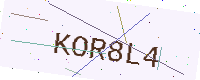
Text: KOR8L4